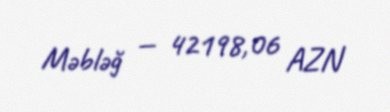
Məbləğ — 42198,06 AZN